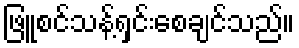
ဖြူစင်သန့်ရှင်းစေချင်သည်။